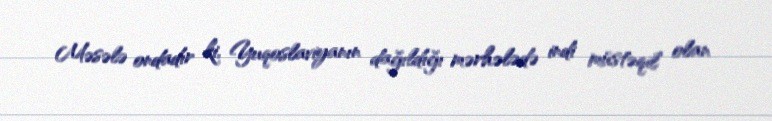
Məsələ ondadır ki, Yuqoslaviyanın dağıldığı mərhələdə indi müstəqil olan